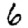
Digit: 6